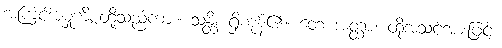
အကြင်အမှုကိစ္စတို့သည်ကား။ သန္တိ၊ ရှိကုန်၏။ တေ အတ္ထာ၊ ထိုအသင့်အားဖြင့်